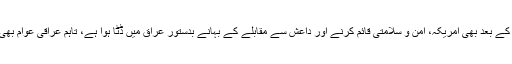
بہرصورت عراقی پارلیمنٹ کی جانب سے عراقی فوج کے امریکہ سے نکل جانے کی بل کی منظوری کے بعد بھی امریکہ، امن و سلامتی قائم کرنے اور داعش سے مقابلے کے بہانے بدستور عراق میں ڈٹٓا ہوا ہے، تاہم عراقی عوام بھی، امریکی اتحاد کی عراق میں موجودگی کے خلاف سراپا احتجاج ہیں اور اس کے خلاف ڈٹے ہوئے ہیں۔